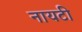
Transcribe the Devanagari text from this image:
नायटी